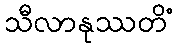
သီလာနုဿတိံ